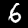
Digit: 6